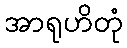
အာရုဟိတုံ